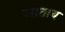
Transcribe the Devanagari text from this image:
जाताय